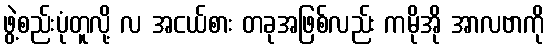
ဖွဲ့စည်းပုံတူလို့ လ အငယ်စား တခုအဖြစ်လည်း ကမိုအို အာလဗာကို